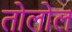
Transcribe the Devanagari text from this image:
तोलोल